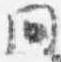
間